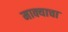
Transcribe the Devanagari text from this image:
माक्याचा